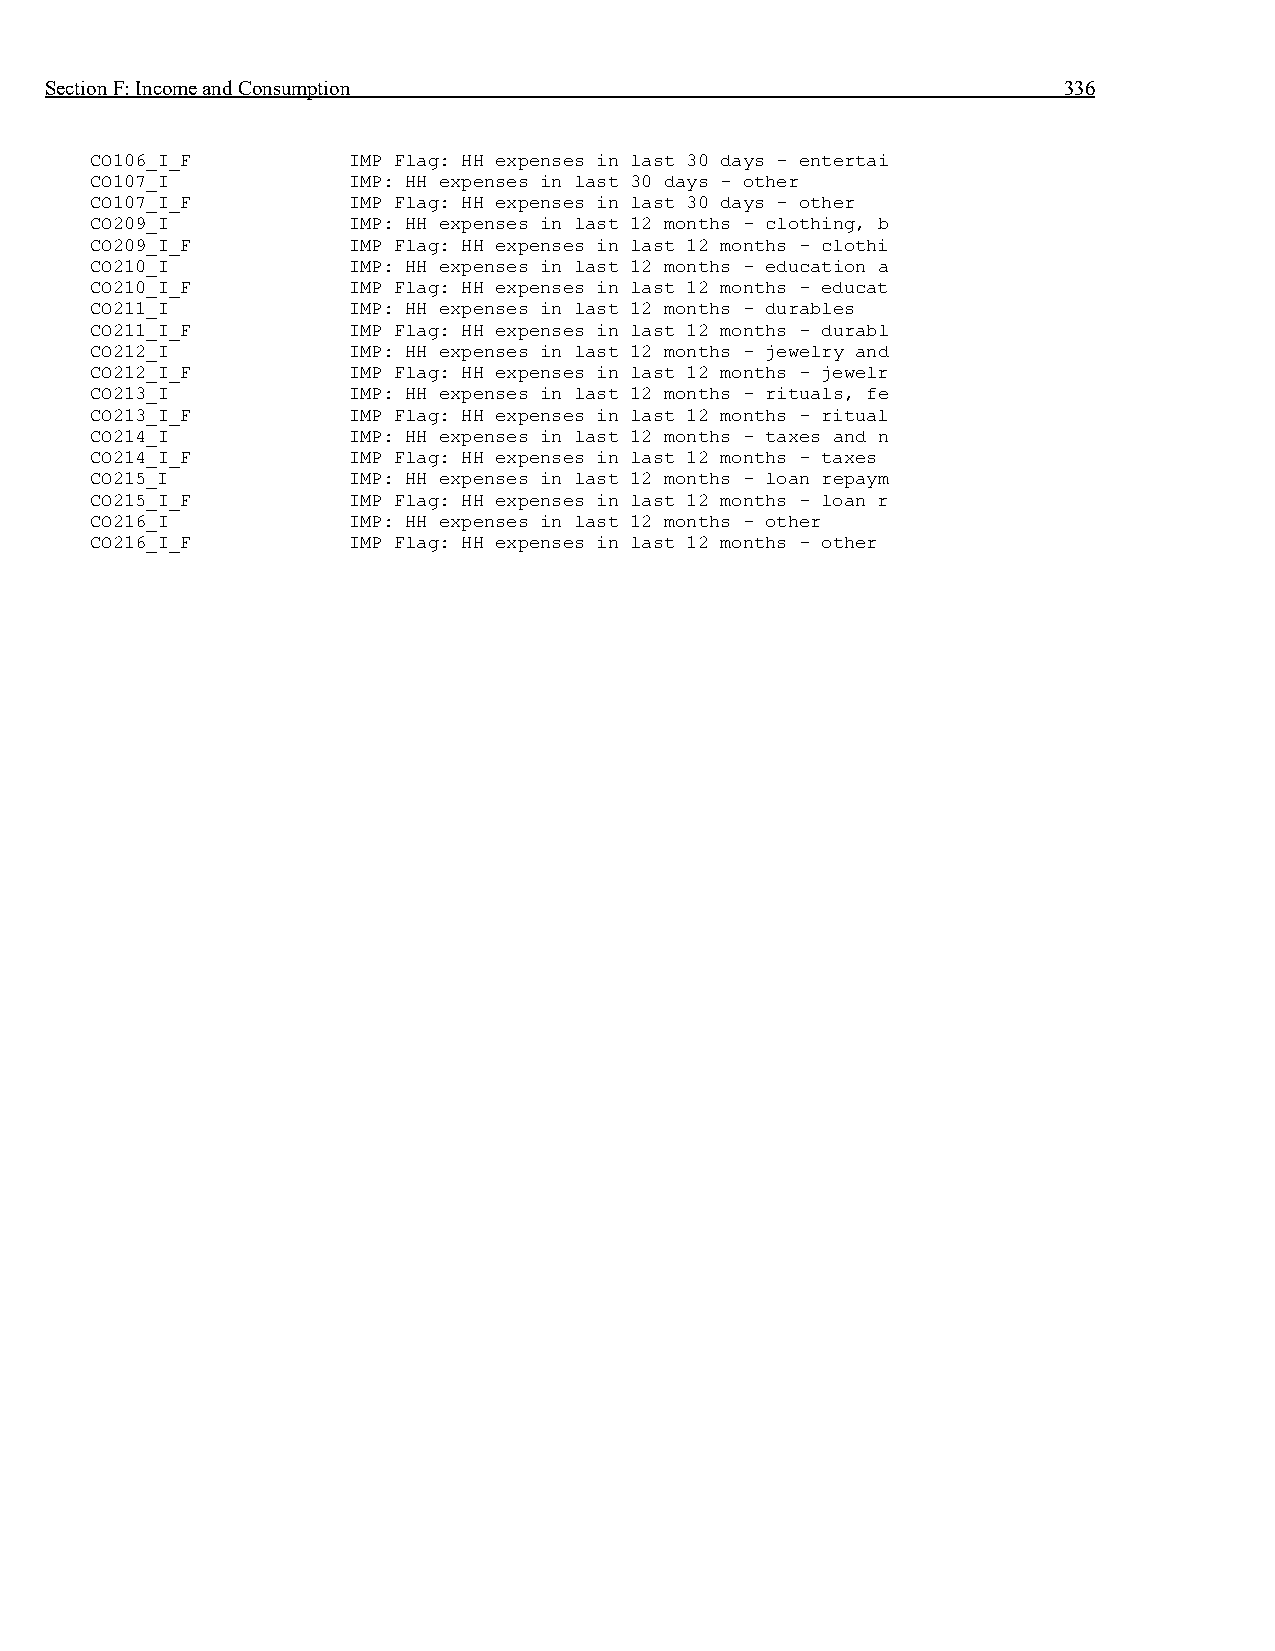
Section F: Income and Consumption                                  336
 CO106_I_F        IMP Flag: HH expenses in last 30 days - entertai
 CO107_I          IMP: HH expenses in last 30 days - other
 CO107_I_F        IMP Flag: HH expenses in last 30 days - other
 CO209_I          IMP: HH expenses in last 12 months - clothing, b
 CO209_I_F        IMP Flag: HH expenses in last 12 months - clothi
 CO210_I          IMP: HH expenses in last 12 months - education a
 CO210_I_F        IMP Flag: HH expenses in last 12 months - educat
 CO211_I          IMP: HH expenses in last 12 months - durables
 CO211_I_F        IMP Flag: HH expenses in last 12 months - durabl
 CO212_I          IMP: HH expenses in last 12 months - jewelry and
 CO212_I_F        IMP Flag: HH expenses in last 12 months - jewelr
 CO213_I          IMP: HH expenses in last 12 months - rituals, fe
 CO213_I_F        IMP Flag: HH expenses in last 12 months - ritual
 CO214_I          IMP: HH expenses in last 12 months - taxes and n
 CO214_I_F        IMP Flag: HH expenses in last 12 months - taxes
 CO215_I          IMP: HH expenses in last 12 months - loan repaym
 CO215_I_F        IMP Flag: HH expenses in last 12 months - loan r
 CO216_I          IMP: HH expenses in last 12 months - other
 CO216_I_F        IMP Flag: HH expenses in last 12 months - other